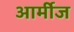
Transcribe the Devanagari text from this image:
आर्मीज